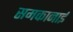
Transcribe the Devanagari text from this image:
समकानाई